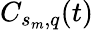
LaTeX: C_{s_{m},q}(t)